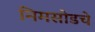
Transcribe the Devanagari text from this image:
निमसोडचे